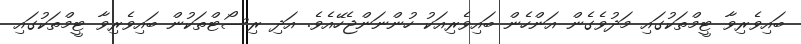
ބައިވެރިވާ ޓީމްތަކުގައި މަދުވެގެން އަންހެން ބައިވެރިއަކު ހުންނަންޖެހޭއެވެ. އަދި ރިސޯޓްތަކުން ބައިވެރިވާ ޓީމްތަކުގައި